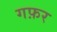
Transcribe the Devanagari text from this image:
गफ़र